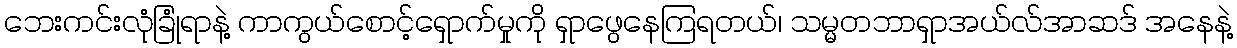
ဘေးကင်းလုံခြုံရာနဲ့ ကာကွယ်စောင့်ရှောက်မှုကို ရှာဖွေနေကြရတယ်၊ သမ္မတဘာရှာအယ်လ်အာဆဒ် အနေနဲ့